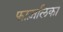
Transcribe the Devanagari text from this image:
फाज़लिका